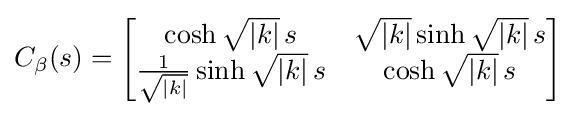
C_{\beta }(s)={\begin{bmatrix}\cosh {\sqrt {|k|}}\,s&{\sqrt {|k|}}\sinh {\sqrt {|k|}}\,s\\{\frac {1}{\sqrt {|k|}}}\sinh {\sqrt {|k|}}\,s&\cosh {\sqrt {|k|}}\,s\end{bmatrix}}